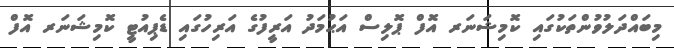
މިބައްދަލުވުންތަކުގައި ކޮމިޝަނަރ އޮފް ޕޮލިސް އަޙުމަދު އަރީފުގެ އަރިހުގައި ޑެޕިއުޓީ ކޮމިޝަނަރ އޮފް